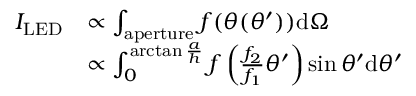
\begin{array} { r l } { I _ { \mathrm { L E D } } } & { \propto \int _ { \mathrm { a p e r t u r e } } f ( \theta ( \theta ^ { \prime } ) ) \mathrm { d } \Omega } \\ & { \propto \int _ { 0 } ^ { \arctan { \frac { a } { h } } } f \left( \frac { f _ { 2 } } { f _ { 1 } } \theta ^ { \prime } \right) \sin \theta ^ { \prime } \mathrm { d } \theta ^ { \prime } } \end{array}